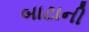
બાટાની